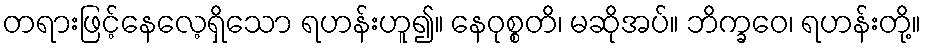
တရားဖြင့်နေလေ့ရှိသော ရဟန်းဟူ၍။ နေဝုစ္စတိ၊ မဆိုအပ်။ ဘိက္ခဝေ၊ ရဟန်းတို့။